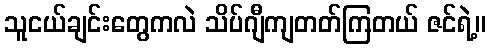
သူငယ်ချင်းတွေကလဲ သိပ်ဂျီကျတတ်ကြတယ် ဇင်ရဲ့။